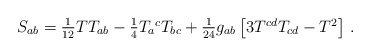
\begin{align*}S_{ab} = \textstyle{1\over12}T T_{ab}-\textstyle{1\over4}T_a{}^c T_{bc}+\textstyle{1\over24}g_{ab}\left[3T^{cd}T_{cd}-T^2\right] \,. \end{align*}